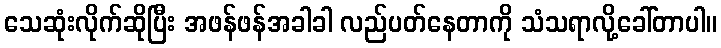
သေဆုံးလိုက်ဆိုပြီး အဖန်ဖန်အခါခါ လည်ပတ်နေတာကို သံသရာလို့ခေါ်တာပါ။